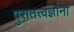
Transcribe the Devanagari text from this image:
पुरातत्त्वज्ञांना